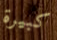
كبيرة